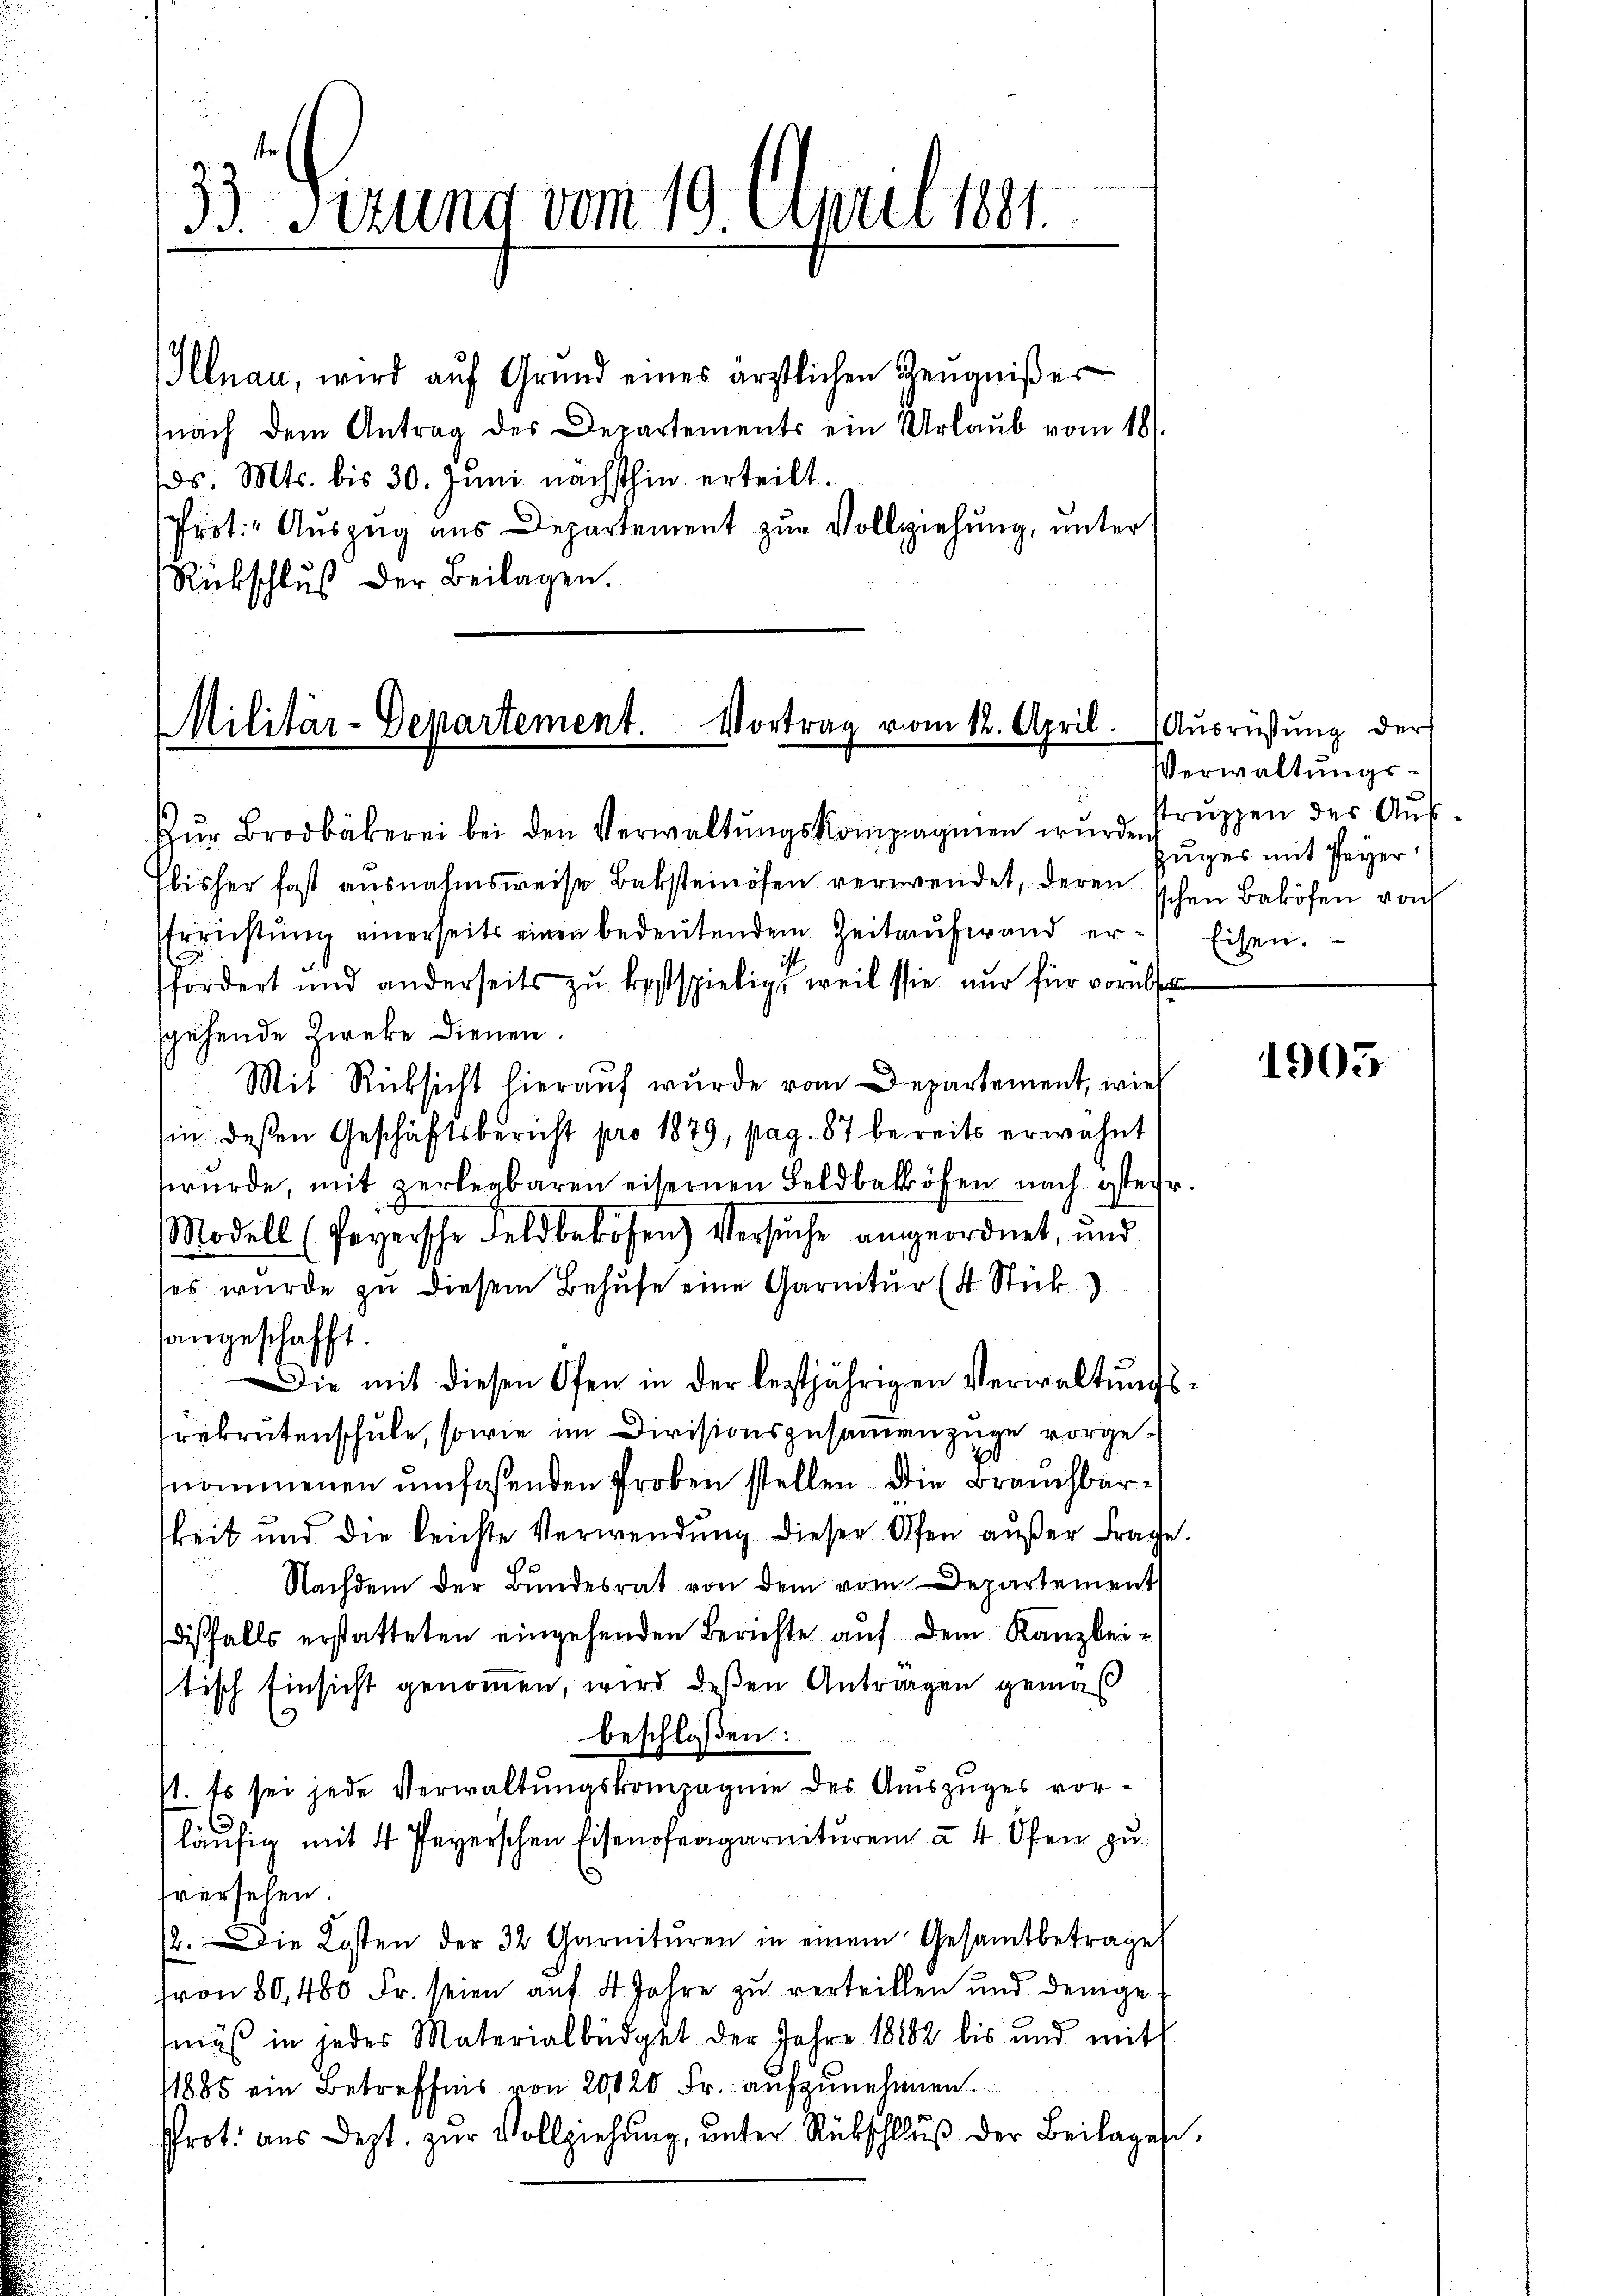
33. Ferung vom 19. April 1891.

Illnau, wird aŭf Grund eines ärztlichen Zeŭgniβer
nach dem Antrag des Departements ein Urlaŭb vom 18.
os Mts. bis 30. Juni nächsthin erteilt.
Prot. Auszug aus Departement zur Vollziehung, unter
Rückschluß der Beilagen.

Militär-Departement.
Vortrag vom 12. April. (Ausrüstung der

Zur Brodbäkerei bei den Verwaltungskompagnien wurde Truppen des Auf¬
Ebisher fast ausnahmsweise Baksteinösen verwendet, deren schen Baköfen von
Errichtŭng einerseits einen bedeŭtendem Zeitaufwand erfördert und anderseits zŭ kostspielig, weil sie nur für vorübe
sgehende Zwecke dienen.
Mit Rücksicht hierauf wurde vom Departement, wied
sin deßen Geschäftsbericht pro 1879, pag. 87 bereits erwähnt
würde, mit zerlegbaren eisernen Feldbaköfen nach öster.
Modell (Peyersche Feldbebösen) Versuche angeordnet, und
ses wurde zu diesem Behufe eine Garnitur (4 Stick
angeschafft.
Die mit diesen Ofen in der leztjährigen Verwaltŭngs-
rekrutenschule, sowie im Divisionszusammenzüge vorgenommenen umfaßenden Proben stellen. Die Brauchbarkeit und die leichte Verwendung dieser Ofen außer Frage.
Nachdem der Bundesrat von dem vom Departement
dißfalls erstatteten eingehenden Berichte auf dem Kanzlei-
tisch Einsicht genommen, wird deßen Antragen gemäß
s
beschloßen:
st. Es sei jede Verwaltungskompagnie des Auszuges vorläŭfig mit 4 Peyerschen Eisenofeagarnituren à 4. Ofen zu
hversehen.
2. Die Kosten der 32 Garnitŭren in einem Gesamtbetrage
von 80, 480 Fr. seien auf 4 Jahre zu verteillen und demgemäß in jedes Materialbüdget der Jahre 18182 bis und mit
1885 ein Betreffnis von 2020 Fr. aufzunehmen.
Prot. aus Dept. zŭr Vollziehŭng ŭnter Rückschlŭβ der Beilages,

Verwaltungs¬
Zuges mit Peyer
Eisen.

1905